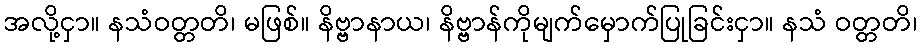
အလို့ငှာ။ နသံဝတ္တတိ၊ မဖြစ်။ နိဗ္ဗာနာယ၊ နိဗ္ဗာန်ကိုမျက်မှောက်ပြုခြင်းငှာ။ နသံ ဝတ္တတိ၊